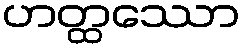
ဟတ္ထဿော